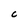
Character: C